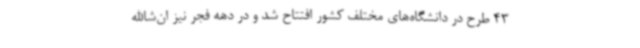
43 طرح در دانشگاه‌های مختلف کشور افتتاح شد و در دهه فجر نیز ان‌شا‌الله